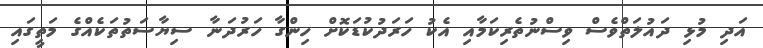
އަދި މުޅި ދައުލަތްވެސް ވިސްނުތެރިކަމާއި އެކު ހަރަދުކުޑަކޮށް ހިންގާ ހަރުދަނާ ސިޔާސަތުތަކެއްގެ މަތީގައި